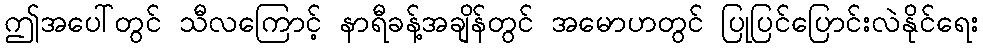
ဤအပေါ်တွင် သီလကြောင့် နာရီခန့်အချိန်တွင် အမောဟတွင် ပြုပြင်ပြောင်းလဲနိုင်ရေး